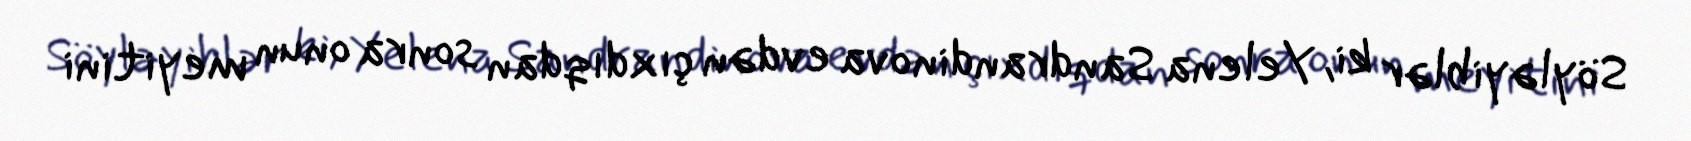
Söyləyiblər ki, Yelena Sandrandinova evdən çıxdıqdan sonra onun meyitini